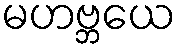
မဟဗ္ဘယေ